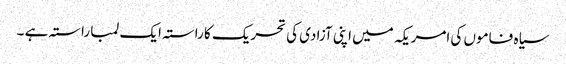
سیاہ فاموں کی امریکہ میں اپنی آزادی کی تحریک کا راستہ ایک لمبا راستہ ہے ۔